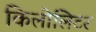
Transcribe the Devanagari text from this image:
किलोलिटर